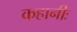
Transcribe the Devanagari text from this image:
कहानीः